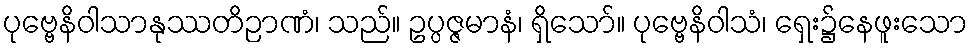
ပုဗ္ဗေနိဝါသာနုဿတိဉာဏံ၊ သည်။ ဥပ္ပဇ္ဇမာနံ၊ ရှိသော်။ ပုဗ္ဗေနိဝါသံ၊ ရှေး၌နေဖူးသော